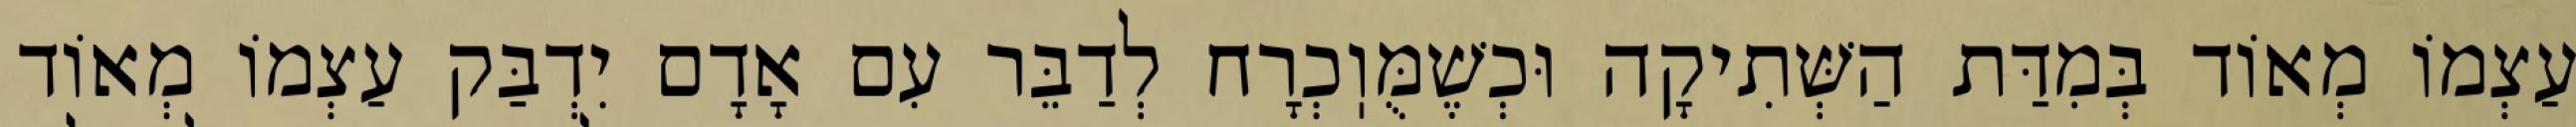
עַצְמוֹ מְאוֹד בְּמִדַּת הַשְּׁתִיקָה וּכְשֶׁמֻּוֽכְרָח לְדַבֵּר עִם אָדָם יִדְבַּק עַצְמוֹ מְאוֹד